Vital statistics of India. Vol. IV, Annual returns from 1871 to 1876. British Army of India, Native Army and jails of Bengal
Year: 1871
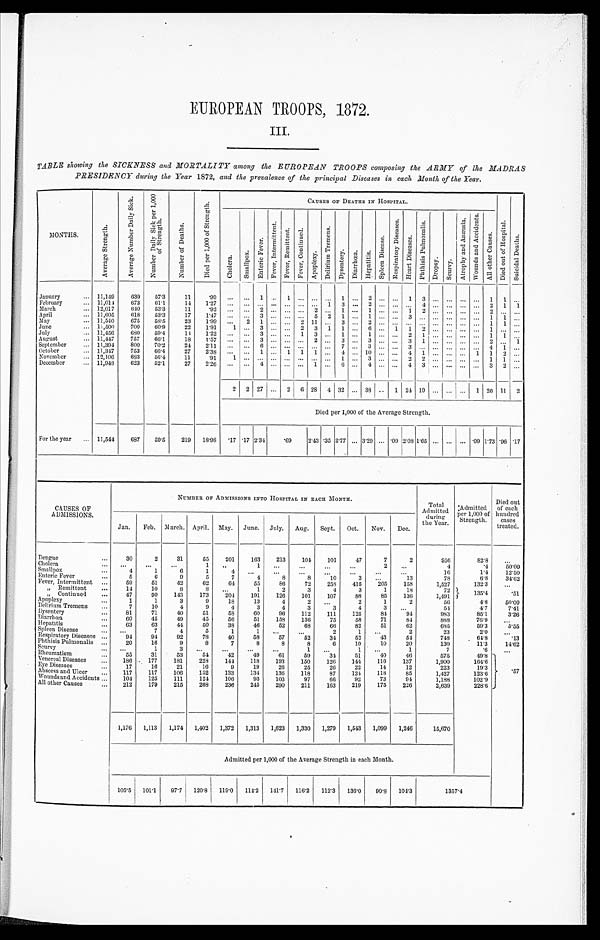
EUROPEAN TROOPS, 1872.
III.
TABLE showing the SICKNESS and MORTALITY among the EUROPEAN TROOPS composing the ARMY of the MADRAS
PRESIDENCY during the Year 1872, and the prevalence of the principal Diseases in each Month of the Year.
MONTHS.
Average Strength.
A v e r a g e N u m b e r D a i l y S i c k .
N u m b e r D a i l y S i c k p e r 1 , 0 0 0 o f S t r e n g t h .
N u m b e r o f D e a t h s .
D i e d p e r 1 , 0 0 0 o f S t r e n g t h .
CAUSES OF DEATHS IN HOSPITAL.
Di e d o u t o f Ho s p i t a l . Sui ci dal Deat hs.
Cholera.
Smallpox. Ent er i c Fever .
F e v e r , I n t e r m i t t e n t .
F e v e r , R e m i t t e n t .
Fever , cont i nued.
Apoplexy.
De l i r i um Tr e me ns .
Dy s e n t e r y .
Diarrhœa.
Hepatitis.
S p l e e n D i s e a s e .
Re s pi r a t or y Di s e a s e s .
Hear t Di seases.P h t h i s i s P u l mo n a l i s . Dropsy.Scurvy.
A t r o p h y a n d A n æ m i a .
Wo u n d s a n d Ac c i d e n t s . Al l ot her Causes.
January
...
1 1 , 1 4 9
6 3 9
57.3
1 1
. 9 9
. . .
. . .
1
. . .
1 ... ... ... 1 ... 2
. . .
... 1 3 ... ... ... ... 1 1 ...
February
...
1 1 , 0 1 4
6 7 3
61.1
1 4
1 . 2 7
. . .
. . .
...
. . .
. . .
... ... 1 3 ... 2
. . .
... ... 4 ... ... ... ... 2 1 1
March
...
1 2 , 0 1 7
6 4 0
53.3
1 1
. 9 2
. . .
. . .
2
. . .
. . .
... 2 ... 1 ... 1
. . .
... 1 2 ... ... ... ... 2 ... ...
April
...
1 1 , 6 0 5
6 1 8
53.3
1 7
1 . 4 7
. . .
. . .
3
. . .
. . .
... 5 2 1 ... 1
. . .
... 3 ... ... ... ... ... 1 1 ...
May
...
1 1 , 5 4 0
6 7 5
58.5
2 3
1 . 9 9
. . .
2 1
. . .
. . .
2 11 ... 3 ... 2
. . .
... ... ... ... ... ... ... 1 1 ...
June
...
1 1 , 5 0 0
7 0 0
60.9
2 2
1 . 9 1
1
. . .
3
. . .
. . .
2 3 1 1 ... 6
. . .
1 1 2 ... ... ... ... 1 ... ...
July
...
1 1 , 4 5 6
6 8 0
59.4
1 4
1 . 2 2
. . .
. . .
3
. . .
. . .
1 3 ... 1 ... 1
. . .
... 2 1 ... ... ... ... 1 1 ...
August
...
1 1 , 4 4 7
7 5 7
66.1
1 8
1 . 5 7
. . .
. . .
3
. . .
. . .
... 2 ... 3 ... 3
. . .
... 3 1 ... ... ... ... 2 ... 1
September...
1 1 , 3 9 4
8 0 0
70.2
2 4
2 . 1 1
. . .
. . .
6
. . .
. . .
... ... ... 7 ... 3
. . .
... 3 ... ... ... ... ... 4 1 ...
October
...
1 1 , 3 4 7
7 5 3
66.4
2 7
2 . 3 8
. . .
. . .
1
. . .
1 1 1 ... 4 ... 10
. . .
... 4 1 ... ... ... 1 1 2 ...
November ...
1 2 , 1 0 6
6 8 3
56.4
1 1
. 9 1
1
. . .
...
. . .
. . .
... ... ... 1 ... 3
. . .
... 2 2 ... ... ... ... 1 1 ...
December ...
1 1 , 9 4 8
6 2 3
52.1
2 7
2 . 2 6
. . .
. . .
4
. . .
. . .
... 1 ... 6 ... 4
. . .
... 4 3 ... ... ... ... 3 2 ...
2
2 27
. . .
2 6 28 4 32 ... 38
. .
1 24 19 ... ... ... 1 20 11 2
D i e d p e r 1 , 0 0 0 o f t h e A v e r a g e S t r e n g t h .
For the year...
1 1 , 5 4 4
6 8 7
59.5
2 1 9
1 8 . 9 8
. 1 7
. 1 7
2.34
. 6 9
2.43.35 2.77... 3.29
. . .
.09 2.081.65... ... ... .09 1.73.96.17
CAUSES OF ADMISSIONS.
N U M B E R O F A D M I S S I O N S I N T O H O S P I T A L I N E A C H M O N T H .
Tot al Admi t t ed duri ng t he Year.
Admi t t ed per 1, 000 of St rengt h.
Di ed out of each hundr ed cases t r eat ed.
J a n .
Feb.
M a r c h .
A p r i l .
May.
J u n e .
July.
A u g .
S e p t .
Oct. Nov. Dec.
Dengue.
...
3 0
2
3 1
5 5
201
1 6 3
2 1 3
1 0 4
1 0 1
47
7
2
956
82.8
...
Cholera
...
. . .
...
. . .
1 ...
1
. . .
. . .
. . .
...
2
...
4
.4
50.00
Smallpox
...
4 1
6
1 4
. . .
. . .
. . .
. . .
...
...
...
16
1.4
12.50
Enteric Fever
...
5 6
9
5 7
4
8
8
1 0
3
...
13
78
6.8
34.62
Fever, Intermittent ...
5 9
51
4 2
6 2
64
5 5
8 6
7 2
2 5 8
415
205
158
1,527
132.3
...
,, Remittent
...
1 4
10
8
8 ...
1
2
3
4 3
1
18
72
135.4
.51
,, Continued
...
4 7
90
1 4 3
1 7 3
204
1 9 1
1 2 6
1 0 1
1 0 7
88
85
136
1,491
Apoplexy
...
1 1
3
9 18
1 3
4
2
. . .
2
1
2
56
4.8
50.00
Delirium Tremens ...
7 10
4
9 4
3
4
3
3 4
3
...
54
4.7
7.41
Dysentery
...
8 1
71
4 0
5 1
58
6 0
9 6
1 1 2
1 1 1
125
84
94
983
85.1
3.26
Diarrhœa
...
6 0
45
4 9
4 5
56
5 1
1 5 8
1 3 6
7 5
58
71
84
888
76.9
...
Hepatitis
...
6 3
63
4 4
5 0
38
4 6
5 2
6 8
6 6
82
51
62
685
59.3
5.55
Spleen Disease
...
. . .
7
4
5 1
1
. . .
. . .
2 1
...
2
23
2.0
...
Respiratory Diseases ...
9 4
94
9 2
7 8
40
5 8
5 7
5 2
3 4
52
43
54
748
64.8
.13
Phthisis Pulmonalis ...
2 0
16
9
8 7
8
8
8
6 10
10
20
130
11.3
14.62
Scurvy
...
. . .
1
3
. . .
...
. . .
. . .
1
. . .
1
...
1
7
.6
...
Rheumatism
...
5 5
31
5 3
5 4
42
4 9
6 1
5 9
3 4
51
40
46
575
49.8
.57
Veneral Diseases ...
1 8 6
177
1 8 1
2 2 8
144
1 1 8
1 9 3
1 5 0
1 2 6
144
116
137
1,900
164.6
Eye Diseases
...
1 7
16
2 1
1 6
9
1 9
2 6
2 5
2 6
22
14
12
223
19.3
Abscess and Ulcer...
1 1 7
117
1 0 6
1 5 2
133
1 3 4
1 3 6
1 1 8
8 7
124
118
85
1,427
123.6
Wounds and Accidents ...
1 0 4
125
1 1 1
1 2 4
106
9 3
1 0 3
9 7
6 6
92
73
94
1,188
102.9
All other Causes
...
2 1 2
179
2 1 5
2 6 8
236
2 4 5
2 9 0
2 1 1
1 6 3
219
175
226
2,639
228.6
1 , 1 7 6
1,113
1 , 1 7 4
1 , 4 0 2
1,372
1 , 3 1 3
1 , 6 2 3
1 , 3 3 0
1 , 2 7 9
1,543 1,099 1,246 15,670
A d m i t t e d p e r 1 , 0 0 0 o f t h e A v e r a g e S t r e n g t h i n e a c h M o n t h .
1 0 5 . 5
101.1
9 7 . 7
1 2 0 . 8
119.0
1 1 4 . 2
1 4 1 . 7
1 1 6 . 2
1 1 2 . 3
136.0 90.8 104.3 1357.4